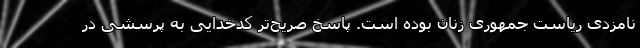
نامزدی ریاست جمهوری زنان بوده است. پاسخ صریح‌تر کدخدایی به پرسشی در